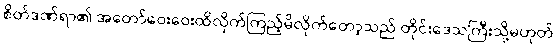
စိတ်ဒဏ်ရာ၏ အတော်ဝေးဝေးထိလိုက်ကြည့်မိလိုက်တော့သည် တိုင်းဒေသကြီးသို့မဟုတ်